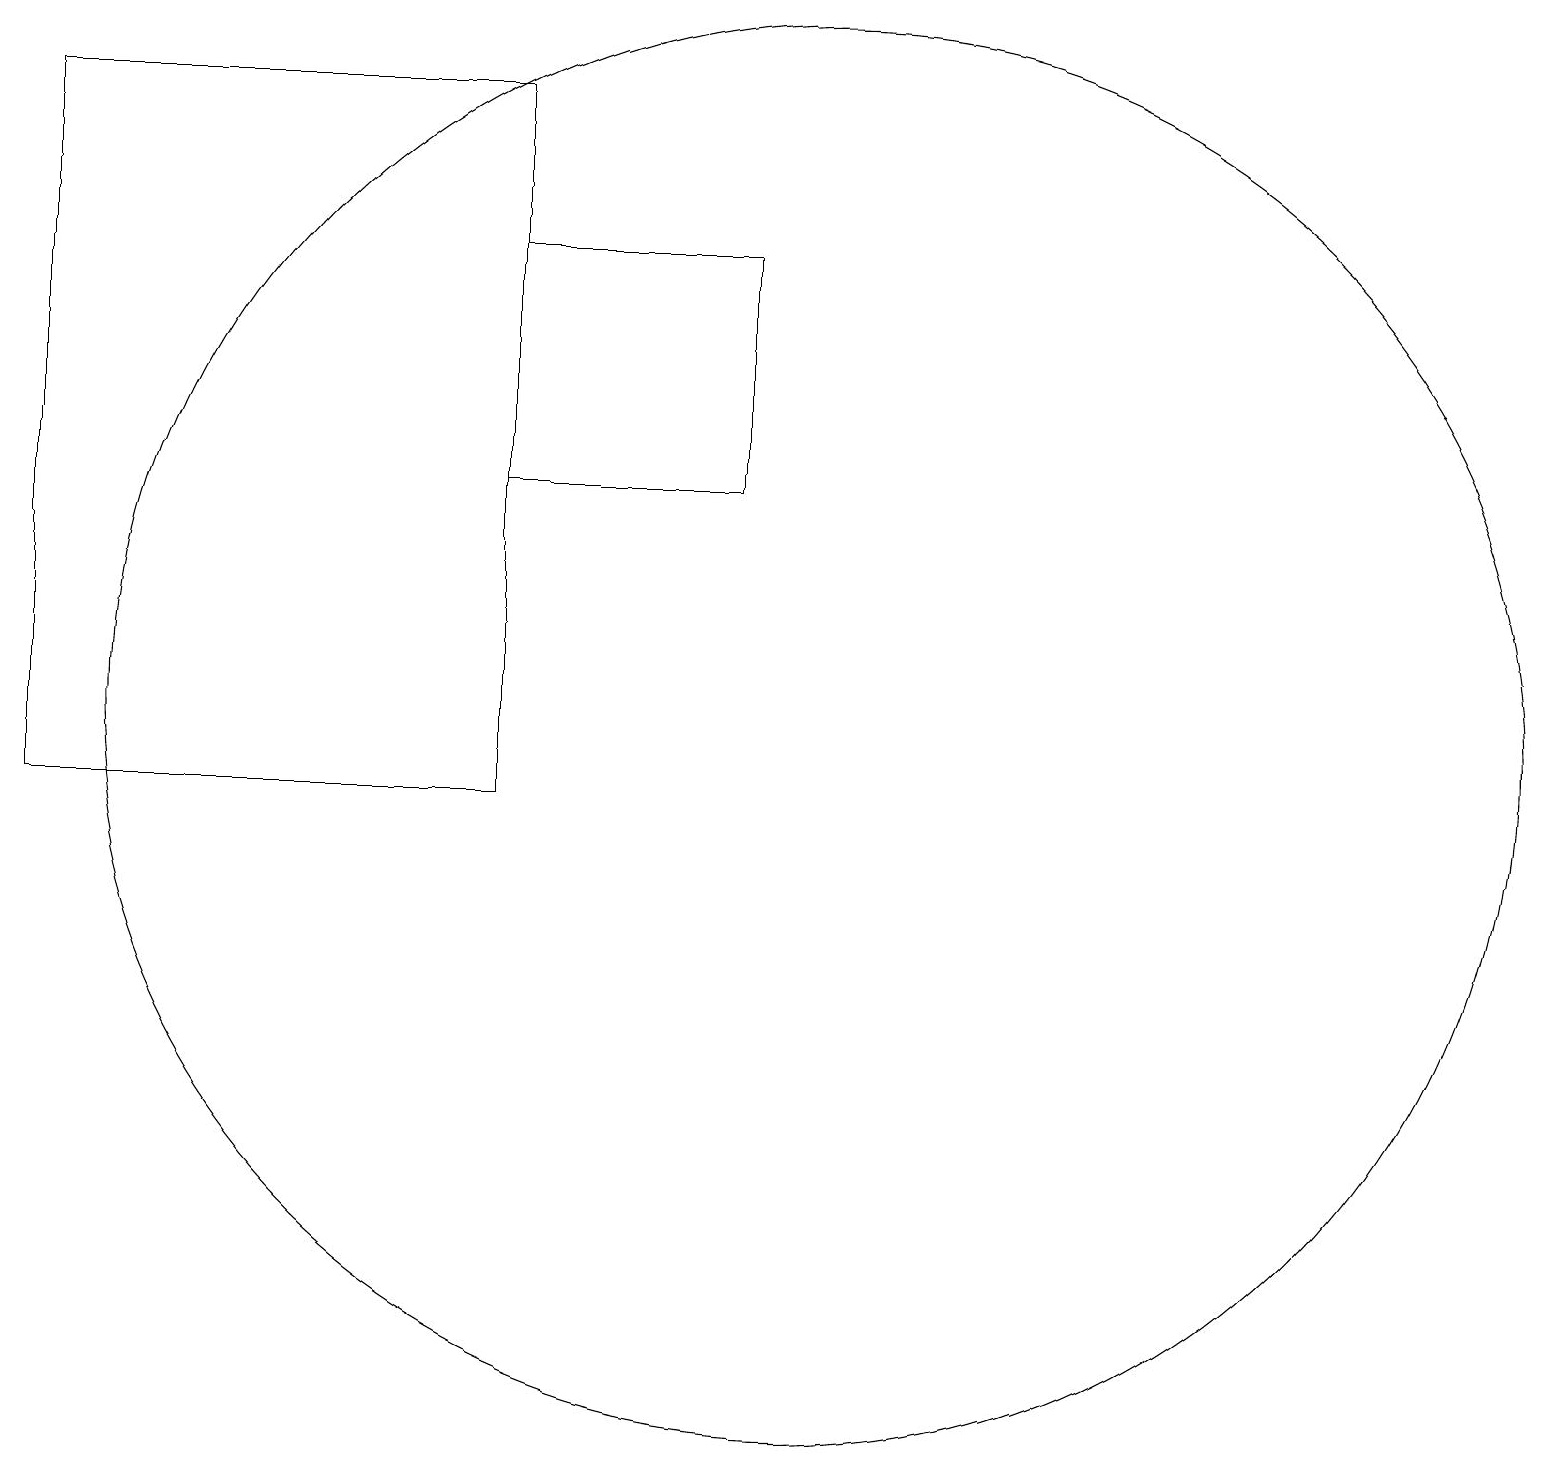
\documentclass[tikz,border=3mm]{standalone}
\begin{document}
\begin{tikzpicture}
\draw (6,10) rectangle (0,19);
\draw (10,11) circle (9);
\draw (9,14) rectangle (6,17);
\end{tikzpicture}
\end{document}